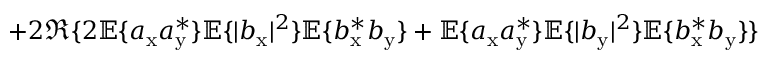
+ 2 \Re \{ 2 \mathbb { E } \{ a _ { \mathrm { x } } a _ { \mathrm { y } } ^ { \ast } \} \mathbb { E } \{ | b _ { \mathrm { x } } | ^ { 2 } \} \mathbb { E } \{ b _ { \mathrm { x } } ^ { \ast } b _ { \mathrm { y } } \} + \mathbb { E } \{ a _ { \mathrm { x } } a _ { \mathrm { y } } ^ { \ast } \} \mathbb { E } \{ | b _ { \mathrm { y } } | ^ { 2 } \} \mathbb { E } \{ b _ { \mathrm { x } } ^ { \ast } b _ { \mathrm { y } } \} \}